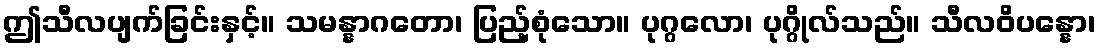
ဤသီလပျက်ခြင်းနှင့်။ သမန္နာဂတော၊ ပြည့်စုံသော။ ပုဂ္ဂလော၊ ပုဂ္ဂိုလ်သည်။ သီလဝိပန္နော၊